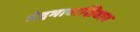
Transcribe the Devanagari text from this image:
भेदभावाशिवाय